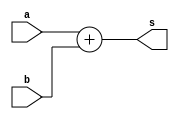
// This program was cloned from: https://github.com/Nilesh002/Multiplication-and-Accumulation-Unit-MAC-
// License: MIT License

module add12(a,b,s);
input [11:0]a,b;
output [11:0]s;

assign s=a+b;

endmodule